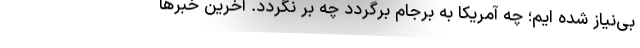
بی‌نیاز شده ایم؛ چه آمریکا به برجام برگردد چه بر نگردد. آخرین خبرها